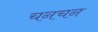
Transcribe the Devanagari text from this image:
चनचन